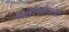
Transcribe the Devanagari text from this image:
डिनोफ्लैजलेट